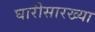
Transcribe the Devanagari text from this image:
घारीसारख्या